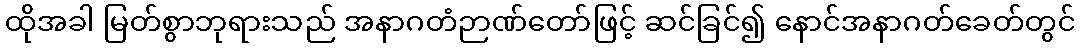
ထိုအခါ မြတ်စွာဘုရားသည် အနာဂတံဉာဏ်တော်ဖြင့် ဆင်ခြင်၍ နောင်အနာဂတ်ခေတ်တွင်